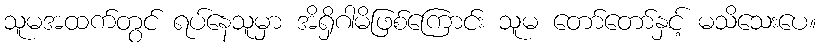
သူမအထက်တွင် ရပ်နေသူမှာ အိရှိဂါမိဖြစ်ကြောင်း သူမ တော်တော်နှင့် မသိသေးပေ။